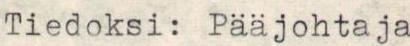
Tiedoksi: Pääjohtaja